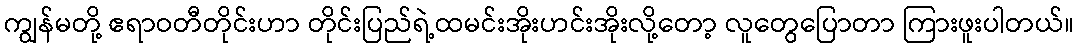
ကျွန်မတို့ ဧရာဝတီတိုင်းဟာ တိုင်းပြည်ရဲ့ထမင်းအိုးဟင်းအိုးလို့တော့ လူတွေပြောတာ ကြားဖူးပါတယ်။